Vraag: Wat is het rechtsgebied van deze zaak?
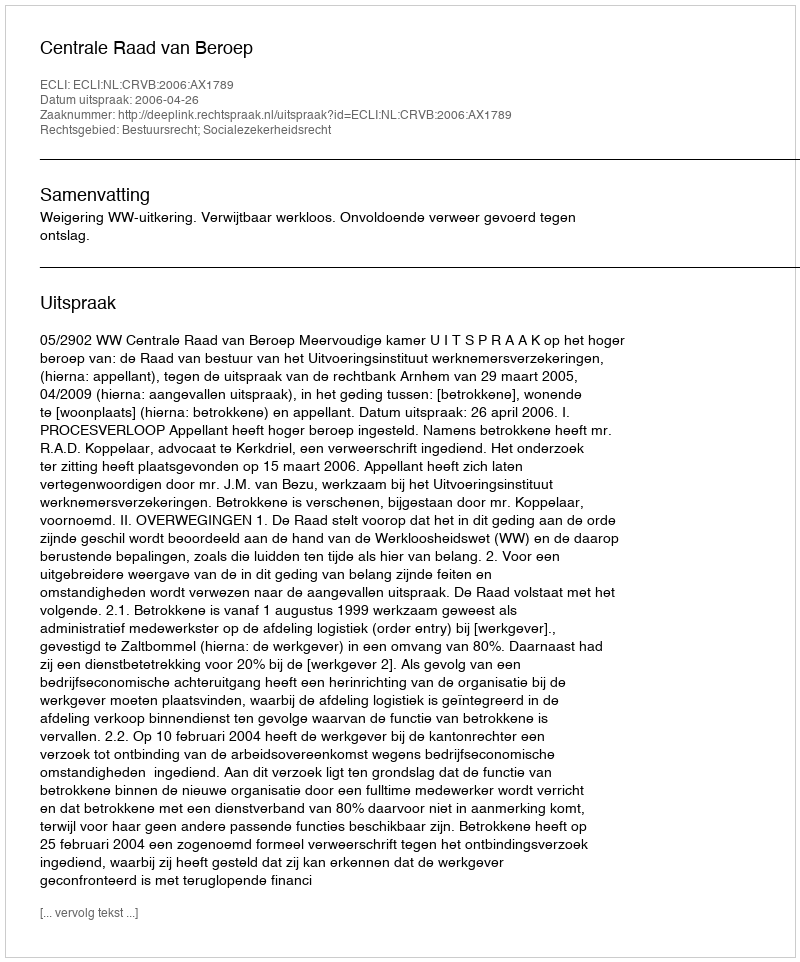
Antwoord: Bestuursrecht; Socialezekerheidsrecht